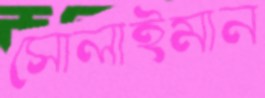
সোলাইমান